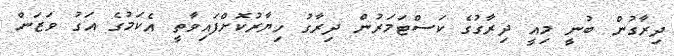
ދިރާގުން ބުނީ މިއީ ދިރާގުގެ ކަސްޓަމަރުން ދިރާގު ހިޔާރުކޮށްފައިވާތީ އެކަމުގެ އަގު ވަޒަން